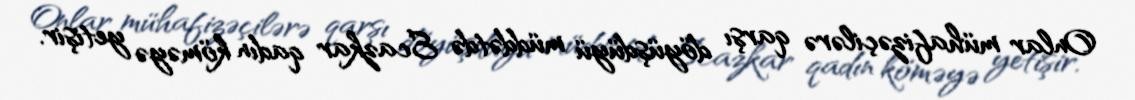
Onlar mühafizəçilərə qarşı döyüşdüyü müddətdə Ecazkar qadın köməyə yetişir.